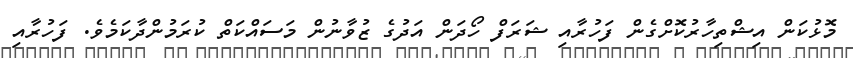
މޮޅުކަން އިޝްތިހާރުކޮށްގެން ފަހުރާއި ޝަރަފް ހޯދަން އަދުގެ ޒުވާނުން މަސައްކަތް ކުރަމުންދާކަމެވެ. ފަހުރާއި